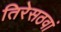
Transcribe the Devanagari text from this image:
तिरेसठवां